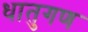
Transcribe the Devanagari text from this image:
धातुगण